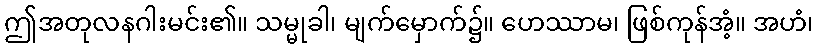
ဤအတုလနဂါးမင်း၏။ သမ္မုခါ၊ မျက်မှောက်၌။ ဟေဿာမ၊ ဖြစ်ကုန်အံ့။ အဟံ၊